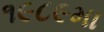
૧૯૮૯મા